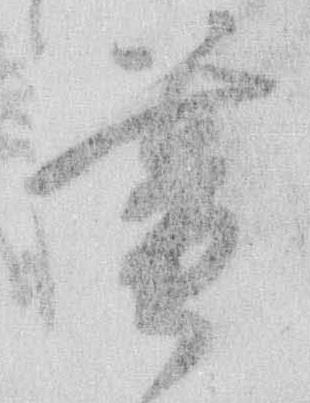
暮